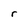
Character: r